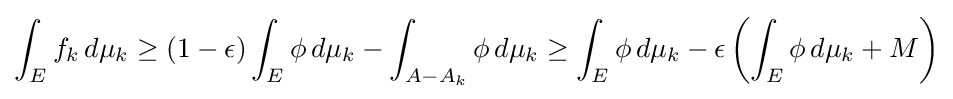
\int _{E}f_{k}\,d\mu _{k}\geq (1-\epsilon )\int _{E}\phi \,d\mu _{k}-\int _{A-A_{k}}\phi \,d\mu _{k}\geq \int _{E}\phi \,d\mu _{k}-\epsilon \left(\int _{E}\phi \,d\mu _{k}+M\right)